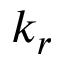
k _ { r }